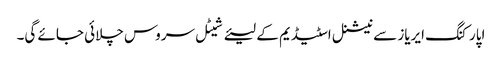
اپارکنگ ایریاز سے نیشنل اسٹیڈیم کے لیئے شیٹل سروس چلائی جائے گی۔